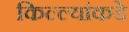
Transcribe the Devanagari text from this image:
किल्ल्यांकडे